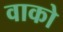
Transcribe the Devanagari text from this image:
वाको